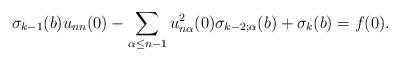
LaTeX: \begin{align*}\sigma_{k-1} (b) u_{nn} (0) - \sum_{\alpha \leq n-1} u_{n\alpha}^2 (0) \sigma_{k-2;\alpha} (b) + \sigma_k (b) = f(0).\end{align*}